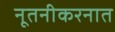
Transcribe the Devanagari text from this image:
नूतनीकरनात